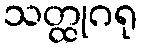
သတ္ထုဂရု